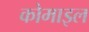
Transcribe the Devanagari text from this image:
कोमाइल